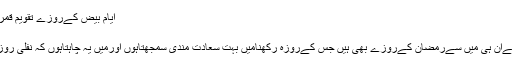
ایام بیض کےروزے تقویم قمری کےمطابق ہیں نہ کہ شمسی کے - اسلام سوال و جواب
مشاہدات : 7586
میں نیانیامسلمان ہوں اوراسلامی شعائر پرعمل شروع کیاہےان ہی میں سےرمضان کےروزے بھی ہیں جس کےروزہ رکھنامیں بہت سعادت مندی سمجھتاہوں اورمیں یہ چاہتاہوں کہ نفلی روزے بھی رکھوں مجھے پتہ چلاہےکہ ہرمہینہ میں ( 13 ۔